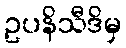
ဥပနိသီဒိမှ